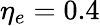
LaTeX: \eta_{e}=0.4